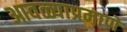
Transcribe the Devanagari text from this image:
आवळ्याप्रमाणे